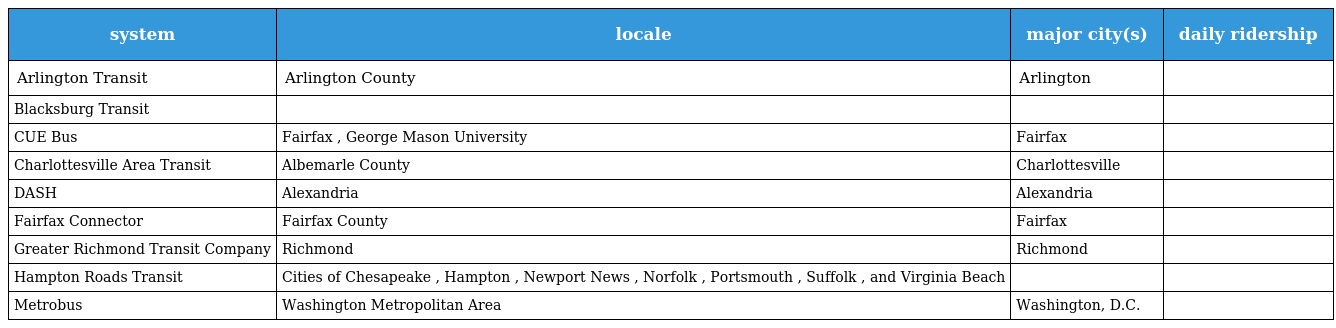
| system | locale | major city(s) | daily ridership |
 | --- | --- | --- | --- |
 | Arlington Transit | Arlington County | Arlington |  |
 | Blacksburg Transit |  |  |  |
 | CUE Bus | Fairfax , George Mason University | Fairfax |  |
 | Charlottesville Area Transit | Albemarle County | Charlottesville |  |
 | DASH | Alexandria | Alexandria |  |
 | Fairfax Connector | Fairfax County | Fairfax |  |
 | Greater Richmond Transit Company | Richmond | Richmond |  |
 | Hampton Roads Transit | Cities of Chesapeake , Hampton , Newport News , Norfolk , Portsmouth , Suffolk , and Virginia Beach |  |  |
 | Metrobus | Washington Metropolitan Area | Washington, D.C. |  |